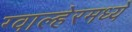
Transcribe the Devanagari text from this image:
ग्वाल्हेरमध्ये